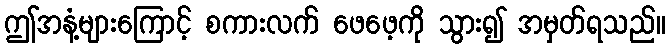
ဤအနံ့များကြောင့် စကားလက် ဖေဖေ့ကို သွား၍ အမှတ်ရသည်။